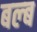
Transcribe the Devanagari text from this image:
बल्‍ब